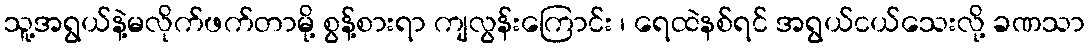
သူ့အရွယ်နဲ့မလိုက်ဖက်တာမို့ စွန့်စားရာ ကျလွန်းကြောင်း ၊ ရေထဲနစ်ရင် အရွယ်ငယ်သေးလို့ ခဏသာ